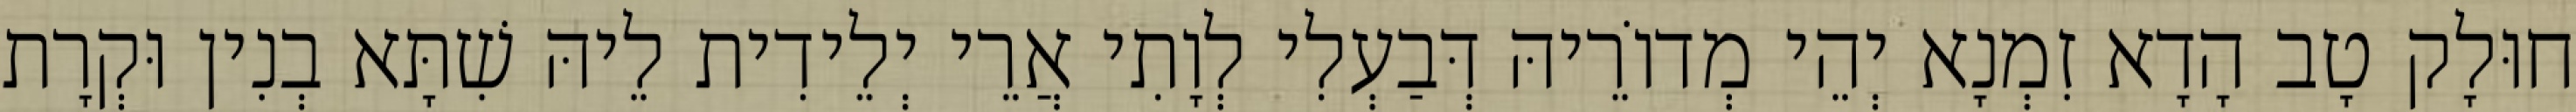
חוּלָק טָב הָדָא זִמְנָא יְהֵי מְדוֹרֵיהּ דְּבַעְלִי לְוָתִי אֲרֵי יְלֵידִית לֵיהּ שִׁתָּא בְנִין וּקְרָת